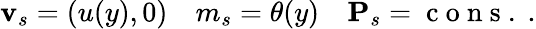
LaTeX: \begin{array}{r}{{\mathbf v}_{s}=(u(y),0)\quad m_{s}=\theta(y)\quad{\mathbf P}_{s}=\mathrm{~c~o~n~s~.~}.}\end{array}